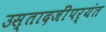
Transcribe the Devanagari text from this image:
उस्तादजींपर्यंत